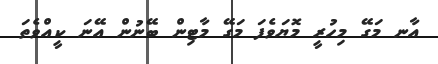
އާނ މަގޭ މިހުރީ މޮޔަވެފަ މަގޭ މާޓިން ބޭނުން އޭނަ ކީއްވެތަ